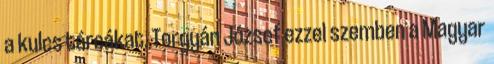
a kulcs tárcákat. Torgyán József ezzel szemben a Magyar